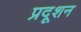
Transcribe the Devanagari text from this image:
प्रदूशन